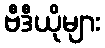
ဗီဒီယိုများ